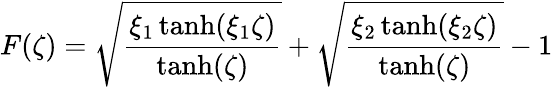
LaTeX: F(\zeta)=\sqrt{\frac{\xi_{1}\operatorname{tanh}(\xi_{1}\zeta)}{\operatorname{tanh}(\zeta)}}+\sqrt{\frac{\xi_{2}\operatorname{tanh}(\xi_{2}\zeta)}{\operatorname{tanh}(\zeta)}}-1